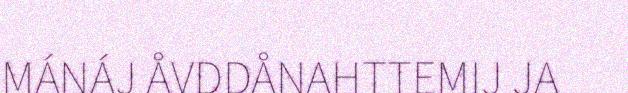
MÁNÁJ ÅVDDÅNAHTTEMIJ JA